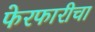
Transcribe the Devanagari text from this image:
फेरफारीचा